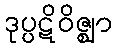
ဒုပ္ပဋိဝိဇ္ဈာ